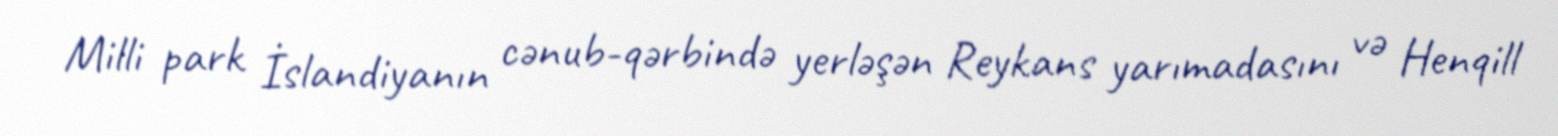
Milli park İslandiyanın cənub-qərbində yerləşən Reykans yarımadasını və Henqill